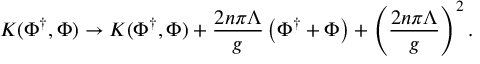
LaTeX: K ( \Phi ^ { \dagger } , \Phi ) \rightarrow K ( \Phi ^ { \dagger } , \Phi ) + { \frac { 2 n \pi \Lambda } { g } } \left( \Phi ^ { \dagger } + \Phi \right) + \left( { \frac { 2 n \pi \Lambda } { g } } \right) ^ { 2 } .